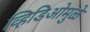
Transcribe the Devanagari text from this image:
व्हिडिओमुळे